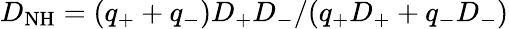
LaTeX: D_{\mathrm{NH}}=(q_{+}+q_{-})D_{+}D_{-}/(q_{+}D_{+}+q_{-}D_{-})